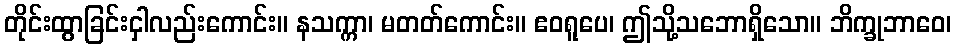
တိုင်းထွာခြင်းငှါလည်းကောင်း။ နသက္ကာ၊ မတတ်ကောင်း။ ဧဝရူပေ၊ ဤသို့သဘောရှိသော။ ဘိက္ခုဘာဝေ၊